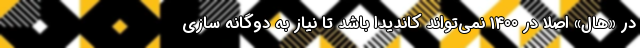
در «هال» اصلا در 1400 نمی‌تواند کاندیدا باشد تا نیاز به دوگانه سازی